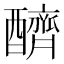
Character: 𨣧